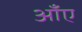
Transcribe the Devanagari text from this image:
आँए